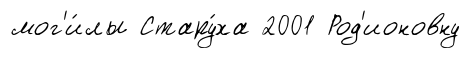
мог'и́лы Стару́ха 2001 Род'ионовну